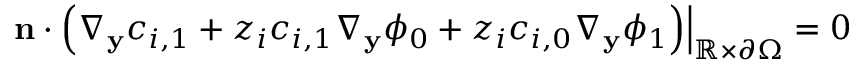
\left. \mathbf { n } \cdot \left( \nabla _ { \mathbf { y } } c _ { i , 1 } + z _ { i } c _ { i , 1 } \nabla _ { \mathbf { y } } \phi _ { 0 } + z _ { i } c _ { i , 0 } \nabla _ { \mathbf { y } } \phi _ { 1 } \right) \right| _ { \mathbb { R } \times \partial \Omega } = 0